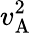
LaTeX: v_{\mathrm{A}}^{2}